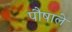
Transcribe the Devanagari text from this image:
पौषाले